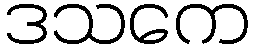
ဒသကေ